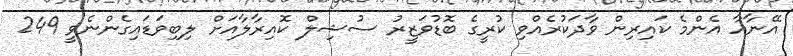
އޭނާއާ އެންމެ ކައިރިން ވާދަކުރެއްވި ކުރީގެ ބޮޑުވަޒީރު ސުޝިލް ކޮއިރާލާއަށް ލިބިވަޑައިގެންނެވީ 249